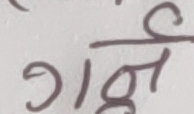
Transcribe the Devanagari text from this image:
गर्न